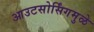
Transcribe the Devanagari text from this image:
आउटसोर्सिंगमुळे